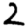
Digit: 2